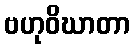
ဗဟုဝိဃာတာ